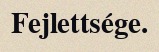
Fejlettsége.